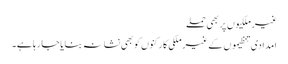
غیر ملکیوں پر بھی حملے
امدادی تنظیموں کے غیر ملکی کارکنوں کو بھی نشانہ بنایا جا رہا ہے۔